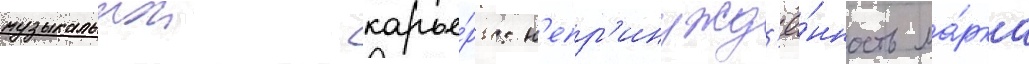
музыкальнои карье́ры: н'епр'инужд'ё́нность ма́рка